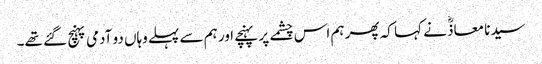
سیدنا معاذؓ نے کہا کہ پھر ہم اس چشمے پر پہنچے اور ہم سے پہلے وہاں دو آدمی پہنچ گئے تھے۔